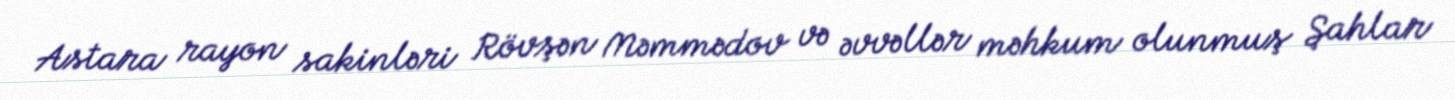
Astara rayon sakinləri Rövşən Məmmədov və əvvəllər məhkum olunmuş Şahlar